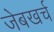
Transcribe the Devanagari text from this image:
जेबखर्च